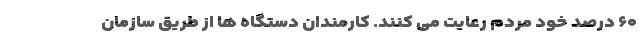
۶۰ درصد خود مردم رعایت می کنند. کارمندان دستگاه ها از طریق سازمان